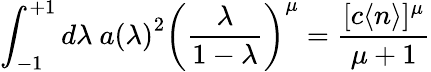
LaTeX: \int_{-1}^{+1}d\lambda\ {a(\lambda)}^{2}\left(\frac{\lambda}{1-\lambda}\right)^{\mu}=\frac{[c\langle n\rangle]^{\mu}}{\mu+1}